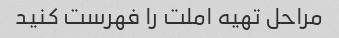
مراحل تهیه املت را فهرست کنید